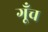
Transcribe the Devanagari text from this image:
गूँच